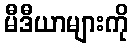
မီဒီယာများကို